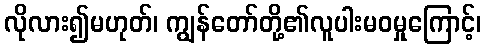
လိုလား၍မဟုတ်၊ ကျွန်တော်တို့၏လူပါးမဝမှုကြောင့်၊